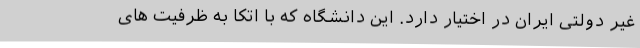
غیر دولتی ایران در اختیار دارد. این دانشگاه که با اتکا به ظرفیت های